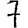
Digit: 7